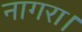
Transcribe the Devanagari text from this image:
नागरा।